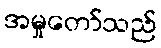
အမှုတော်သည်